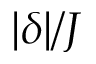
| \delta | / J